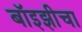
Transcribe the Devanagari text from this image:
बॉइझीचा